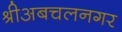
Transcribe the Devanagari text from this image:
श्रीअबचलनगर